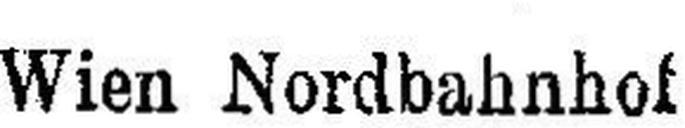
Wien Nordbahnhof